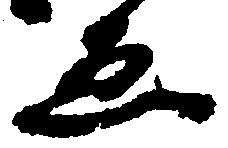
ゑ